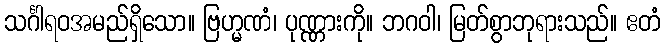
သင်္ဂါရဝအမည်ရှိသော။ ဗြဟ္မဏံ၊ ပုဏ္ဏားကို။ ဘဂဝါ၊ မြတ်စွာဘုရားသည်။ ဧတံ